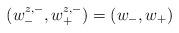
LaTeX: \begin{align*}(w^{z,-}_-,w^{z,-}_+)=(w_-,w_+)\end{align*}